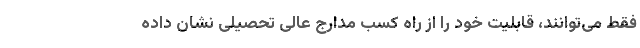
فقط می‌توانند، قابلیت خود را از راه کسب مدارج عالی تحصیلی نشان داده